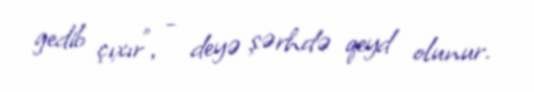
gedib çıxır”, - deyə şərhdə qeyd olunur.